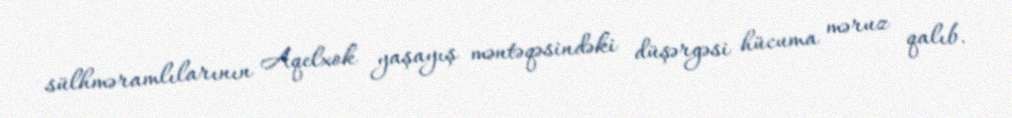
sülhməramlılarının Aqelxok yaşayış məntəqəsindəki düşərgəsi hücuma məruz qalıb.